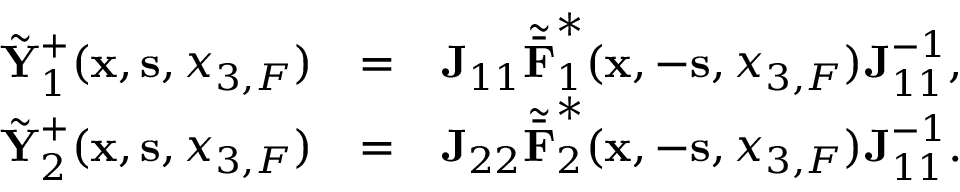
\begin{array} { r l r } { \tilde { { \bf Y } } _ { 1 } ^ { + } ( { { \bf x } } , { { \bf s } } , { x _ { 3 , F } } ) } & { = } & { { \bf J } _ { 1 1 } { \tilde { \bar { \bf F } } } _ { 1 } ^ { * } ( { { \bf x } } , - { { \bf s } } , { x _ { 3 , F } } ) { \bf J } _ { 1 1 } ^ { - 1 } , } \\ { \tilde { { \bf Y } } _ { 2 } ^ { + } ( { { \bf x } } , { { \bf s } } , { x _ { 3 , F } } ) } & { = } & { { \bf J } _ { 2 2 } { \tilde { \bar { \bf F } } } _ { 2 } ^ { * } ( { { \bf x } } , - { { \bf s } } , { x _ { 3 , F } } ) { \bf J } _ { 1 1 } ^ { - 1 } . } \end{array}